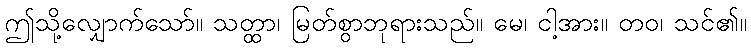
ဤသို့လျှောက်သော်။ သတ္ထာ၊ မြတ်စွာဘုရားသည်။ မေ၊ ငါ့အား။ တဝ၊ သင်၏။